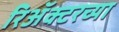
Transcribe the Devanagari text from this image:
रिॲक्टरच्या